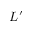
L ^ { \prime }